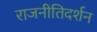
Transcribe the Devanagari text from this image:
राजनीतिदर्शन